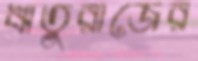
ঋতুরাজের